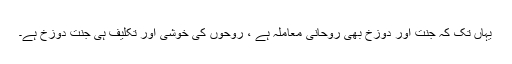
یہاں تک کہ جنت اور دوزخ بھی روحانی معاملہ ہے ، روحوں کی خوشی اور تکلیف ہی جنت دوزخ ہے۔